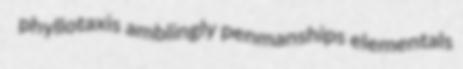
phyllotaxis amblingly penmanships elementals